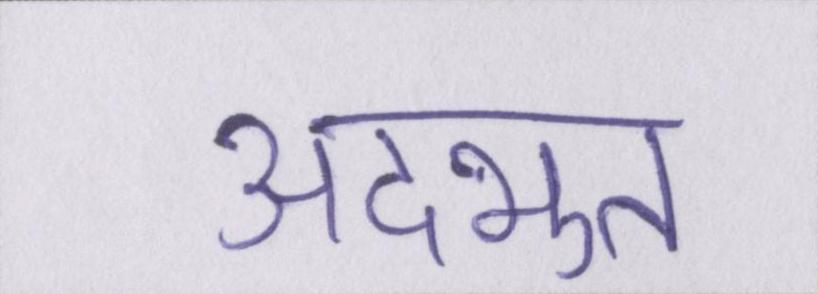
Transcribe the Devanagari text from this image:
अदभुत